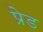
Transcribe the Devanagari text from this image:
प्रेड